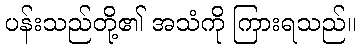
ပန်းသည်တို့၏ အသံကို ကြားရသည်။